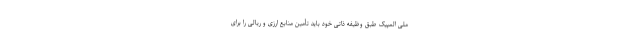
ملی المپیک طبق وظیفه ذاتی خود باید تأمین منابع ارزی و ریالی را برای